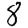
Digit: 8